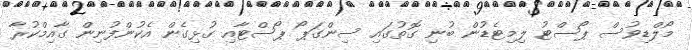
މޯލްޑިވުސް ޕޯސްޓު ލިމިޓެޑުން ބުނި ގޮތުގައި ސިންގަޕޯ ޕޯސްޓާއި ގުޅިގެން އެކުންފުނިން ގާއިމްކުރާ